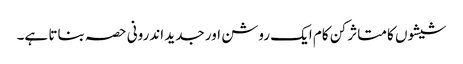
شیشوں کا متاثر کن کام ایک روشن اور جدید اندرونی حصہ بناتا ہے۔